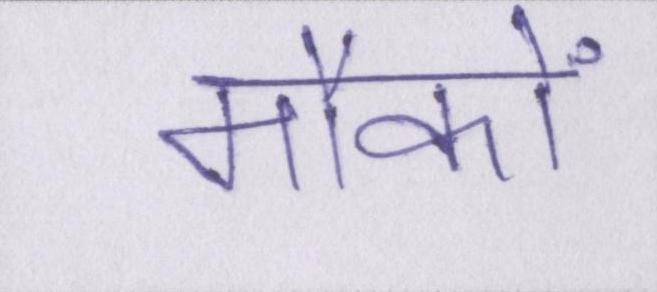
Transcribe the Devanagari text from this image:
मौकों